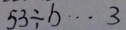
5 3 \div b \cdots 3